Annual administration report of the Civil Veterinary Department of India - 1909-1910
Year: 1909
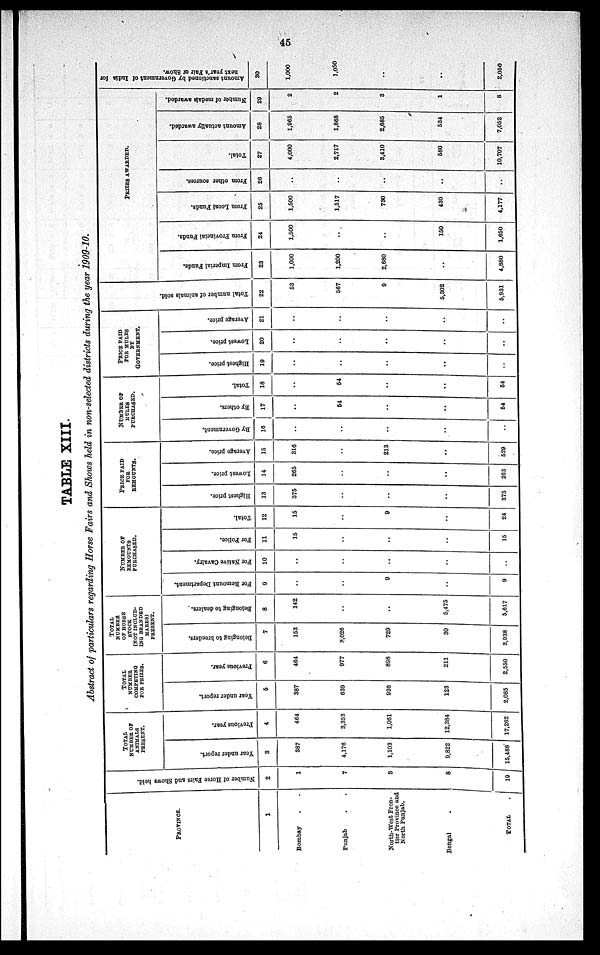
45
TABLE XIII.
Abstract of particulars regarding Horse Fairs and Shows held in non-selected districts during the year 1909-10.
PROVINCE.
1
Bombay . .
Punjab . .
North-West Fron-
tier Province and
North Punjab.
Bengal .
TOTAL
.
Number of Horse Fairs and Shows held.
2
1
7
8
8
19
TOTAL
NUMBER OF
ANIMALS
PRESENT.
Year under report.
3
387
4,176
1,103
9,822
15,488
Previous year.
4
464
3,353
1,061
12,384
17,262
TOTAL
NUMBER
COMPETING
FOE PRIZES.
Year under report.
5
387
639
936
123
2,085
Previous year.
6
464
977
898
211
2,550
TOTAL
NUMBER
OF HORSE
STOCK
(NOT INCLUD-
ING BRANDED
MARES)
PRESENT.
Belonging to breeders.
7
153
3,026
729
30
8,938
Belonging to dealers.
8
142
..
..
5,475
5,617
NUMBER OF
REMOUNTS
PURCHASED.
For Remount Department.
9
..
..
9
..
9
For Native Cavalry.
10
..
..
..
..
..
For Police.
11
15
..
..
..
15
Total.
12
15
..
9
..
24
PRICE PAID
FOR
REMOUNTS.
Highest price.
13
375
..
..
..
375
Lowest price.
14
265
..
..
..
265
Average price.
15
316
..
213
..
529
NUMBER OF
MULES
PURCHASED.
By Government.
16
..
..
..
..
..
By others.
17
..
54
..
..
54
Total.
18
..
54
..
..
54
PRICE PAID
FOR MULES
BY
GOVERNMENT.
Highest price.
19
..
..
..
..
..
Lowest price.
20
..
..
..
..
..
Average price.
21
..
..
..
..
..
Tot al number of animals sold.
22
53
567
9
5,302
5,931
PRIZES AWARDED.
From Imperial Funds.
23
1,000
1,200
2,680
..
4,880
From Provincial Funds.
24
1,500
..
..
150
1,650
From Local Funds.
25
1,500
1,517
730
430
4,177
From other sources.
26
..
..
..
..
..
Total.
27
4,000
2,717
3,410
580
10,707
Amount actually awarded.
28
1,965
1,868
2,685
534
7,052
Number of medals awarded.
29
2
2
3
1
8
Amount sanctioned by Government of India for
next year's Fair or Show.
30
1,000
1,050
..
..
2,050